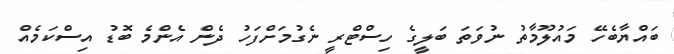
ބައްޔާބެހޭ މައުލޫމާތު ނުވަތަ ބަލީގެ ހިސްޓްރީ ނެގުމަށްފަހު ދެން އެންމެ ބޮޑު އިސްކަމެއް